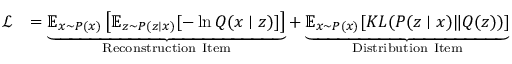
\begin{array} { r l } { \mathcal { L } } & { = \underbrace { \mathbb { E } _ { { x } \sim { P } ( x ) } \left[ \mathbb { E } _ { z \sim P ( z \mid x ) } [ - \ln Q ( x \mid z ) ] \right] } _ { \mathrm { R e c o n s t r u c t i o n ~ I t e m } } + \underbrace { \mathbb { E } _ { { x } \sim { P } ( x ) } { [ K L ( P ( z \mid x ) \| Q ( z ) ) ] } } _ { \mathrm { D i s t r i b u t i o n ~ I t e m } } } \end{array}